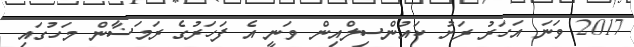
2017 ވަނަ އަހަރު ރަށު ކައުންސިލްއިން ވަނީ އެ ފަހަރުގެ ރަމަަޟާން މަހުގައި